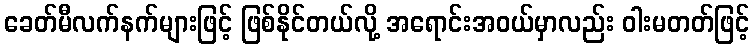
ခေတ်မီလက်နက်များဖြင့် ဖြစ်နိုင်တယ်လို့ အရောင်းအဝယ်မှာလည်း ဝါးမတတ်ဖြင့်